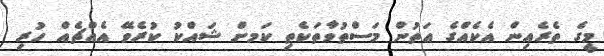
މީގެ ތެރެއިން އެކެއްގެ އަތުން މަސްތުވާތަކެތި ކަމށް ޝައްކު ކުރެވޭ އެއްޗެއް ހުރި